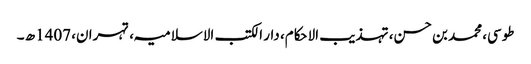
طوسی، محمد بن حسن، تہذیب الاحکام، دار الکتب الاسلامیہ، تہران، 1407ھ ۔